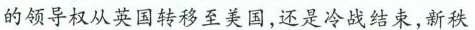
的领导权从英国转移至美国，还是冷战结束，新秩